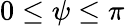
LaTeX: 0\leq\psi\leq\pi